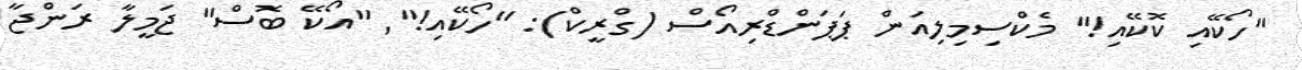
"ހޯކޭއި ކޮކޭއި!" މެކްސިމިލިއަން ޕަޕަންޑްރިއޯސް (ގްރީކް): "ހޯކޭއި!"